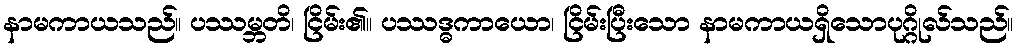
နာမကာယသည်။ ပဿမ္ဘတိ၊ ငြိမ်း၏။ ပဿဒ္ဓကာယော၊ ငြိမ်းပြီးသော နာမကာယရှိသောပုဂ္ဂိုလ်သည်။